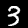
Label: 3